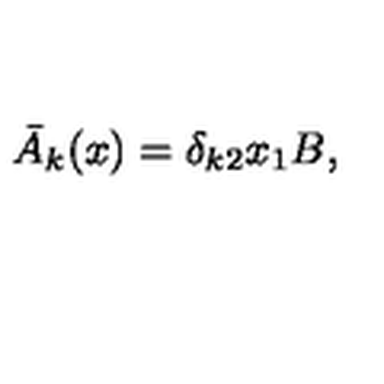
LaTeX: { \bar { A } } _ { k } ( x ) = \delta _ { k 2 } x _ { 1 } B ,